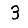
Digit: 3